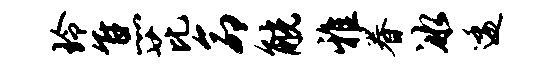
玲焦芘命觥雅眷冰逶